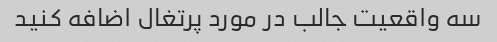
سه واقعیت جالب در مورد پرتغال اضافه کنید